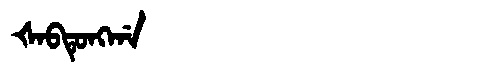
Manchu: ᡧᠠᠪᡨᡠᠩᡤᠠ
Romanization: ŠABTUNGGA